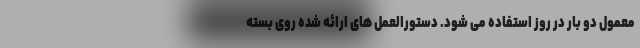
معمول دو بار در روز استفاده می شود. دستورالعمل های ارائه شده روی بسته